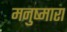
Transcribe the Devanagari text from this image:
मनुष्मारा